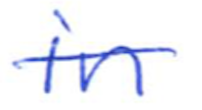
Text: in
Cross-out: mix
Writing tool: ballpoint